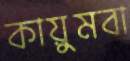
কায়ুমবা